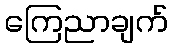
ကြေညာချက်